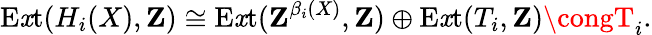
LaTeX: \operatorname{E\mathit{x}t}(H_{i}(X),\mathbf{{Z}})\cong\operatorname{E\mathit{x}t}(\mathbf{{Z}}^{\beta_{i}(X)},\mathbf{{Z}})\oplus\operatorname{E\mathit{x}t}(T_{i},\mathbf{{Z}})\congT_{i}.